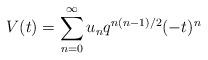
LaTeX: \begin{align*}V(t)=\sum_{n=0}^{\infty}u_{n}q^{n(n-1)/2}(-t)^{n}\end{align*}